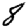
Digit: 8